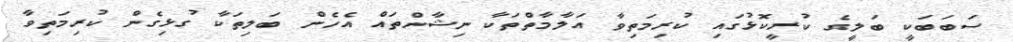
ސަބަބަކީ ބަލީގެ ކުރީކޮޅުގައި ކުރިމަތިވާ އަލާމާތްތަކާ ނިޝާންތައް އެހެން ބަލިތަކާ ގުޅިގެން ކުރިމަތިވާ